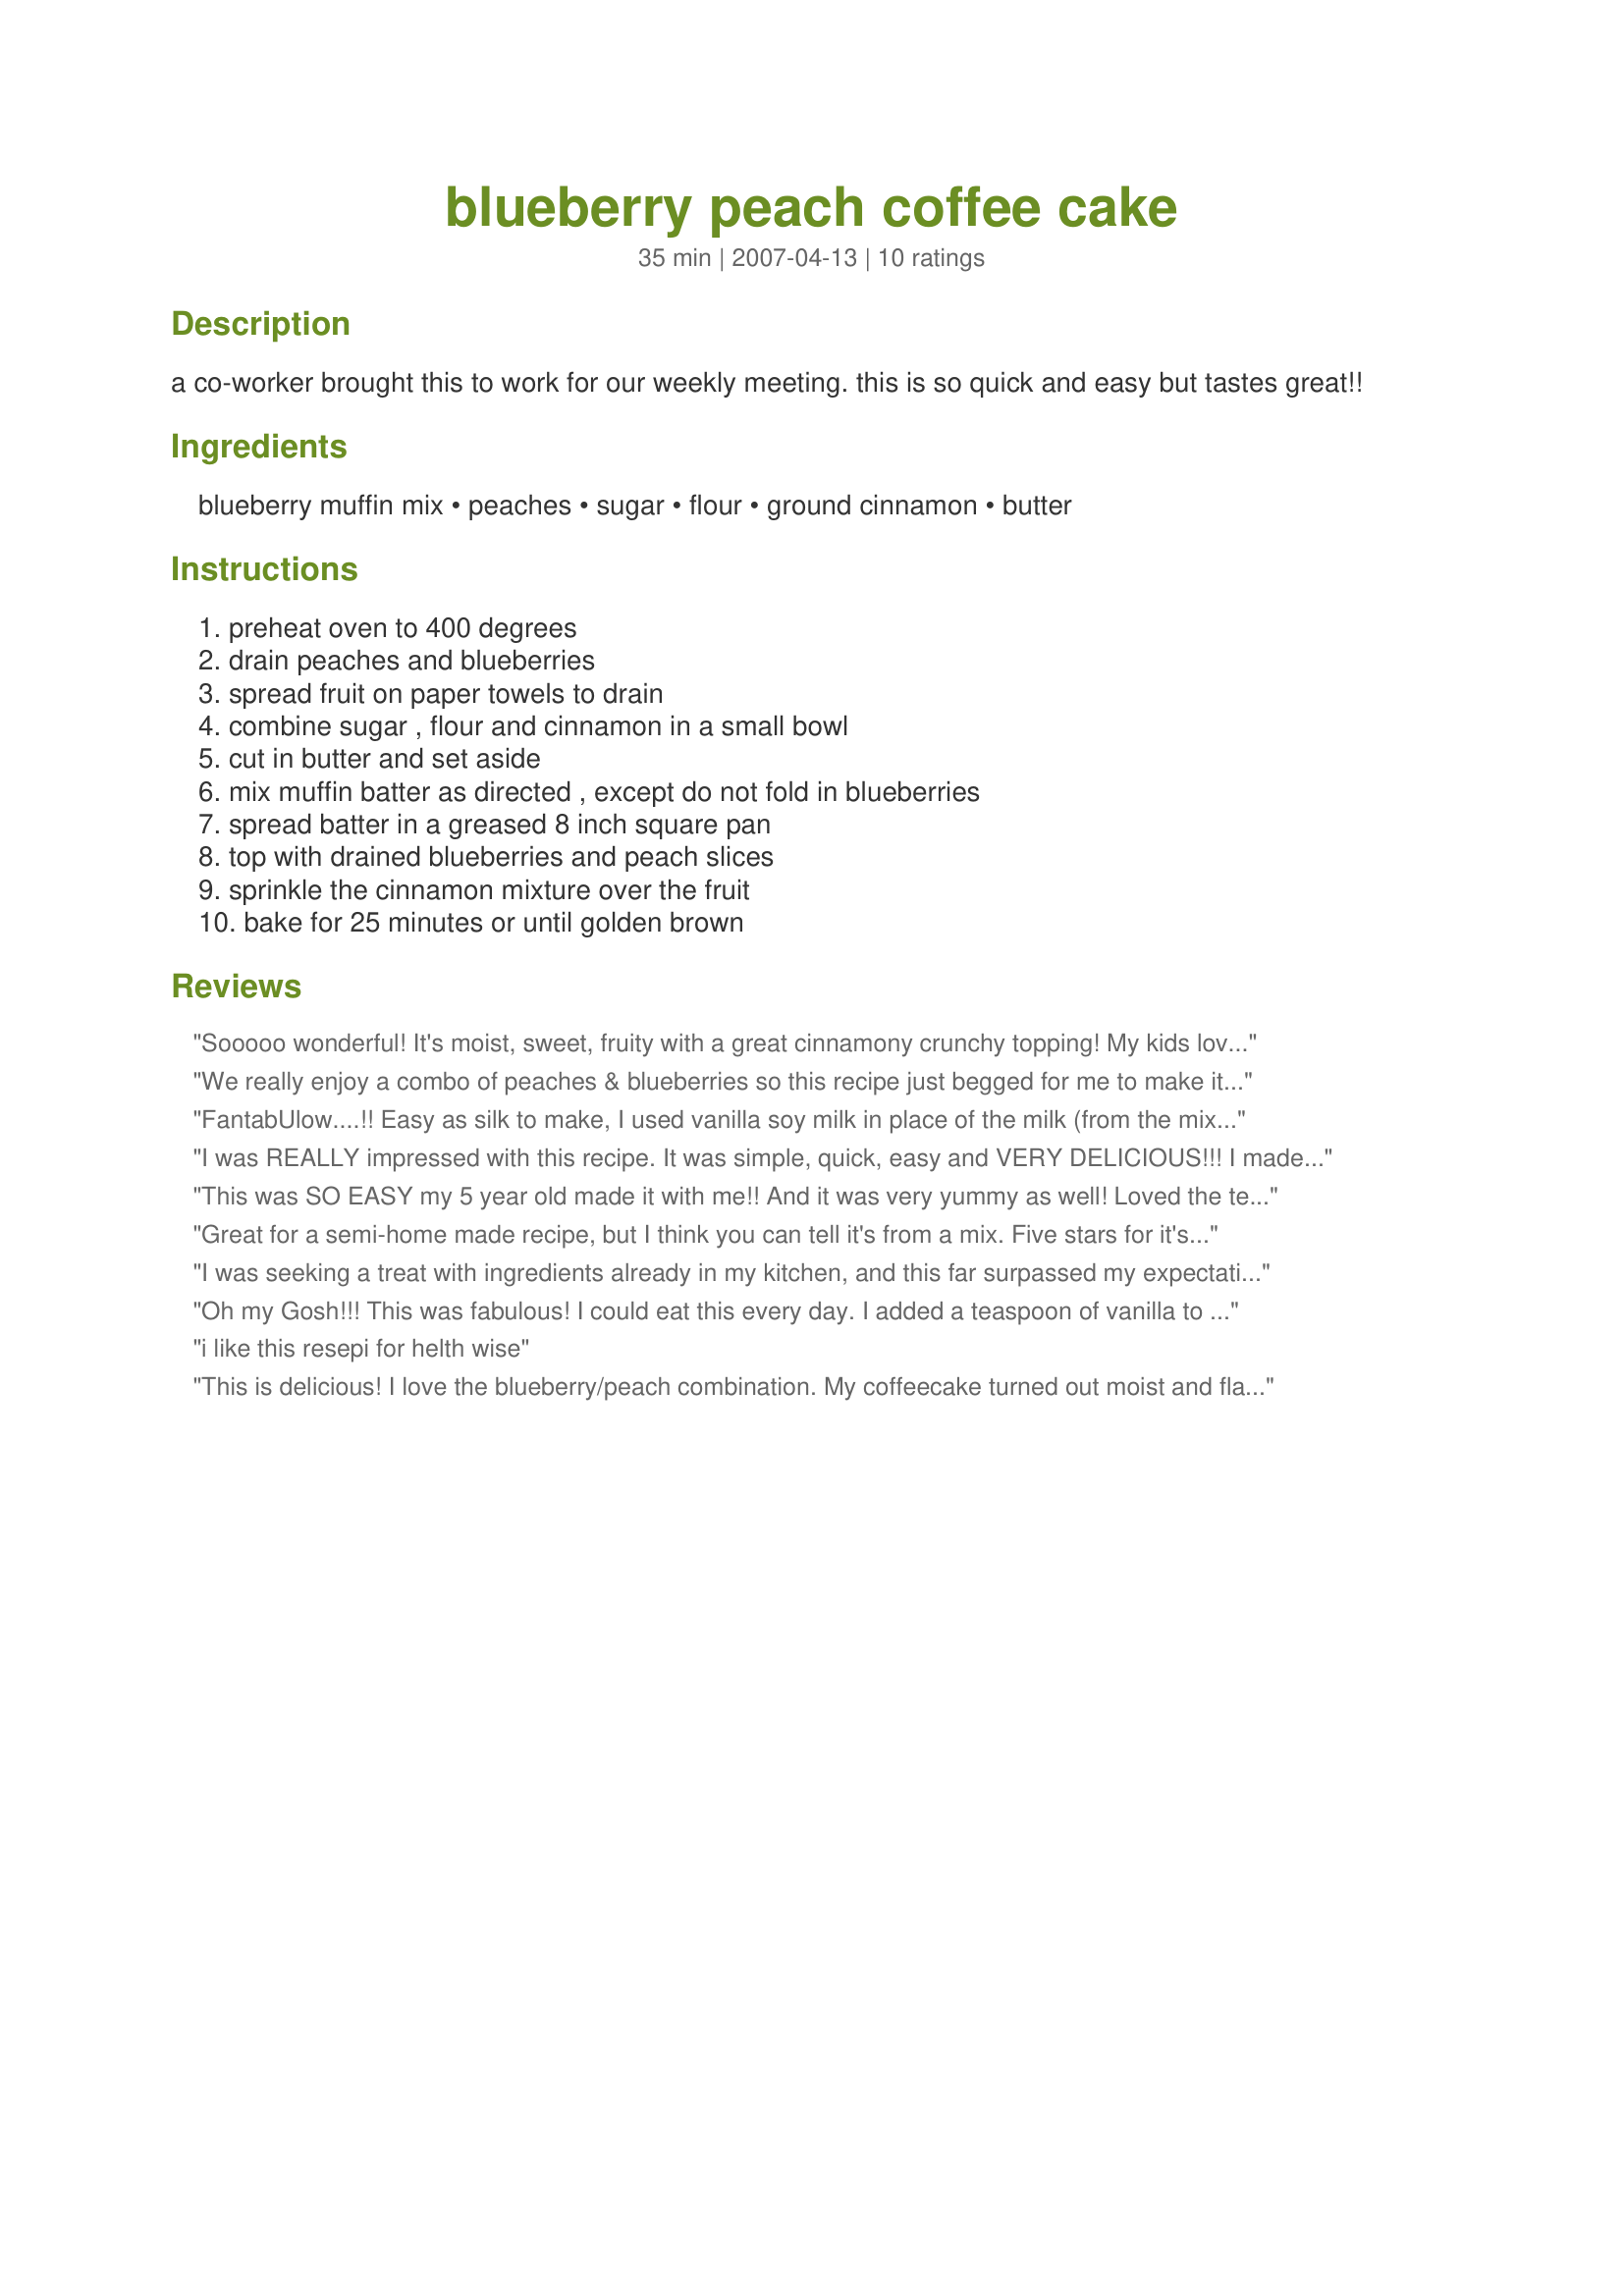
blueberry peach coffee cake
Preparation time: 35 minutes

a co-worker brought this to work for our weekly meeting. this is so quick and easy but tastes great!!

Ingredients:
blueberry muffin mix, peaches, sugar, flour, ground cinnamon, butter

Steps:
preheat oven to 400 degrees, drain peaches and blueberries, spread fruit on paper towels to drain, combine sugar , flour and cinnamon in a small bowl, cut in butter and set aside, mix muffin batter as directed , except do not fold in blueberries, spread batter in a greased 8 inch square pan, top with drained blueberries and peach slices, sprinkle the cinnamon mixture over the fruit, bake for 25 minutes or until golden brown

Reviews:
Sooooo wonderful! It's moist, sweet, fruity with a great cinnamony crunchy topping! My kids loved this as well. I'll be making this again.... I'll have to, this one is already almost gone! ;) Thanx for sharing the recipe.
We really enjoy a combo of peaches & blueberries so this recipe just begged for me to make it ~ One of those easy-to-prepare AND great tasting desserts, although our first round with it was for breakfast! Thanks for a great keeper! [Tagged, made & reviewed in Zaar Stars tag]
FantabUlow....!! Easy as silk to make, I used vanilla soy milk in place of the milk (from the mix) and added a bit of icing (1 tablespoon (soy) milk mixed with 1/2 cup confectioners sugar) and laced it softly over the top. Absolutely terrific! Will make again, and hit the spot! (No photo, it's to dark outside :( ) Made for *Please Review My Recipes* December 2009
I was REALLY impressed with this recipe. It was simple, quick, easy and VERY DELICIOUS!!!
I made it this morning BEFORE work and the office that I shared it with came back for seconds.
The fruit combination is very good, the cake is super moist and I loved the ease of the recipe.
Congratulations Diner on your Football Pool win this week!!!
This was SO EASY my 5 year old made it with me!! And it was very yummy as well! Loved the texture and flavor. I used a mix that included one can of blueberries, but next time, I'll use the mix that has 2 cans! Made for the CAFE ZMAAK Gypsies for ZWT4.
Great for a semi-home made recipe, but I think you can tell it's from a mix. Five stars for it's ease, plus it was very moist because the blueberry muffin mix makes it pretty light and fluffy. I baked mine in a 8 in. round pan. It wasn't turning golden brown on top so I had to bake it another 4-5 mins.
I was seeking a treat with ingredients already in my kitchen, and this far surpassed my expectation! I accidentally melted butter instead of cutting, so drizzled that melted cinnamon mixture through cake for marble effect...my accident became delicious! This coffee cake will do definitely be a &#039;go to&#039; in my house, especially when company comes so I don&#039;t just sit and eat it all myself ;-)
Oh my Gosh!!! This was fabulous! I could eat this every day. I added a teaspoon of vanilla to the batter. The first piece I ate warm with whipped cream, the second piece was just as good plain. Next time I will make two. Thanks Diner!
i like this resepi for helth wise
This is delicious! I love the blueberry/peach combination. My coffeecake turned out moist and flavorful! Thanks for sharing.
